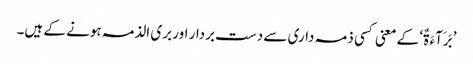
’بَرَآءَ ۃٌ‘ کے معنی کسی ذمہ داری سے دست بردار اور بری الذمہ ہونے کے ہیں۔